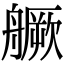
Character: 𦪘